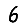
Digit: 6